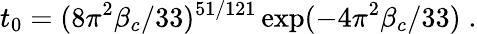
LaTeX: t_{0}=(8\pi^{2}\beta_{c}/33)^{51/121}\exp(-4\pi^{2}\beta_{c}/33)\; .